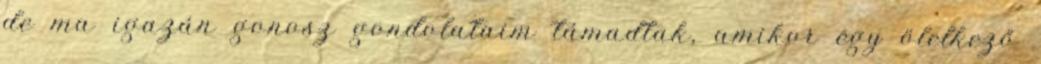
de ma igazán gonosz gondolataim támadtak, amikor egy ölelkező